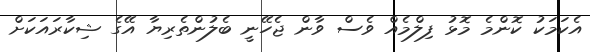
އެކަމަކު ކޮންމެ މޮޅު ފިލްމެއް ވެސް ވާން ޖެހޭނީ ބެލުންތެރިޔާ އޭގެ ޝިކާރައަކަށް